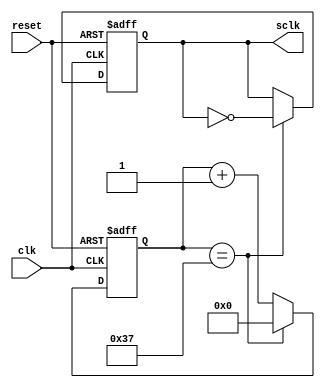
`timescale 1ns / 1ps
//////////////////////////////////////////////////////////////////////////////////
// Company: 
// Engineer: 
// 
// Design Name: 
// Module Name:    Reloj882khz 
// Project Name: 
// Target Devices: 
// Tool versions: 
// Description: 
//
// Dependencies: 
//
// Revision: 
// Revision 0.01 - File Created
// Additional Comments: 
//
//////////////////////////////////////////////////////////////////////////////////
module Reloj882khz(
    input wire clk,
	 input wire reset,
	 output reg sclk
	 );


reg [5:0] cuenta; //lo cambie a 6 bits

//Reloj de 882kHz 
always @(posedge clk,posedge reset) 
begin
	if (reset) 
	begin
		sclk <= 0;
		cuenta <= 0;
	end 
	else 
	begin		
		if (cuenta == 6'd55) //cambie 113 por 55 y le puse 6 bits = 893 khz
		begin                    
			cuenta <= 6'h0;   //le puse 6 bits
			sclk <= ~sclk;  
		end 
		else 
			cuenta <= cuenta + 1'b1; 
	end
end

endmodule